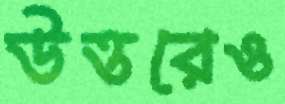
উত্তরেও